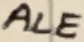
Text: ALE